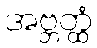
အဗ္ဘတ္ထံ